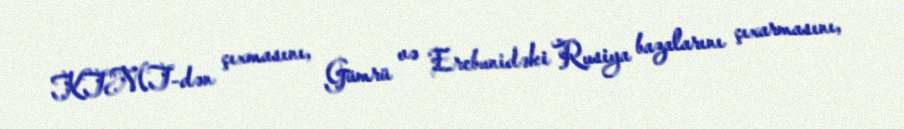
KTMT-dən çıxmasını, Gümrü və Erebunidəki Rusiya bazalarını çıxarmasını,